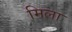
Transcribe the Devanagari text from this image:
मिला